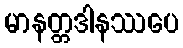
မာနတ္တဒါနဿပေ